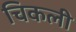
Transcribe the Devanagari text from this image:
चिकली